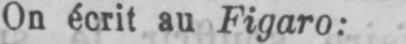
On écrit au Figaro: